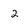
Character: 2